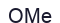
ОМе